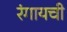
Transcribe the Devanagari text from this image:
रंगायची